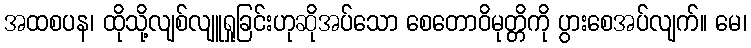
အထစပန၊ ထိုသို့လျစ်လျူရှုခြင်းဟုဆိုအပ်သော စေတောဝိမုတ္တိကို ပွားစေအပ်လျက်။ မေ၊